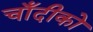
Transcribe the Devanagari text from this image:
चाँदीको